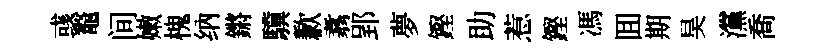
彧鼇间嫩槐纳鏘驥歉翥郢夢鏗助惹鏗馮囬期昊灙喬